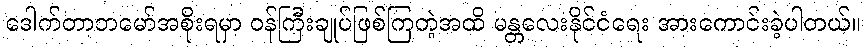
ဒေါက်တာဘမော်အစိုးရမှာ ဝန်ကြီးချုပ်ဖြစ်ကြတဲ့အထိ မန္တလေးနိုင်ငံရေး အားကောင်းခဲ့ပါတယ်။